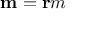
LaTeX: \mathbf { m } = \mathbf { r } m